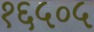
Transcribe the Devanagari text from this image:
१६५०५